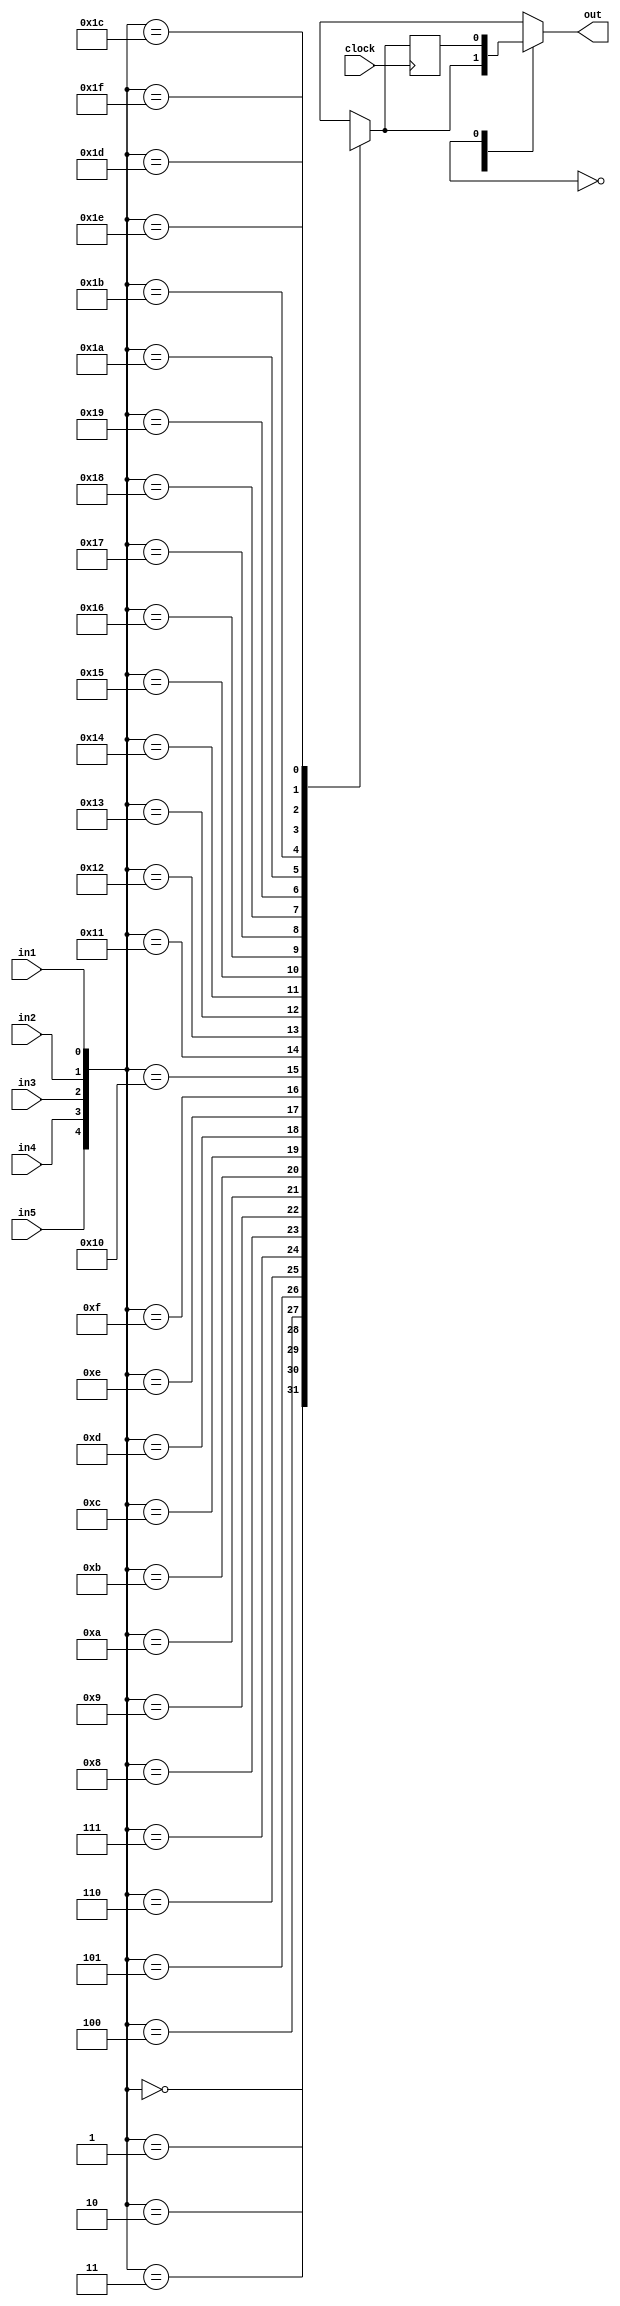
module logic_tile(
    out, 
    clock, 
    in1, 
    in2, 
    in3, 
    in4, 
    in5
);
    input in1, in2, in3, in4, in5, clock ;
    output out ;
    reg out ;
    reg tem;
    reg tem2;
    reg [32:0] mem;
    always @(*) begin
        case({in5, in4, in3, in2, in1})
            5'b00000 : tem = mem[0] ;
            5'b00001 : tem = mem[1] ;
            5'b00010 : tem = mem[2] ;
            5'b00011 : tem = mem[3] ;
            5'b00100 : tem = mem[4] ;
            5'b00101 : tem = mem[5] ;
            5'b00110 : tem = mem[6] ;
            5'b00111 : tem = mem[7] ;
            5'b01000 : tem = mem[8] ;
            5'b01001 : tem = mem[9] ;
            5'b01010 : tem = mem[10] ;
            5'b01011 : tem = mem[11] ;
            5'b01100 : tem = mem[12] ;
            5'b01101 : tem = mem[13] ;
            5'b01110 : tem = mem[14] ;
            5'b01111 : tem = mem[15] ;
            5'b10000 : tem = mem[16] ;
            5'b10001 : tem = mem[17] ;
            5'b10010 : tem = mem[18] ;
            5'b10011 : tem = mem[19] ;
            5'b10100 : tem = mem[20] ;
            5'b10101 : tem = mem[21] ;
            5'b10110 : tem = mem[22] ;
            5'b10111 : tem = mem[23] ;
            5'b11000 : tem = mem[24] ;
            5'b11001 : tem = mem[25] ;
            5'b11010 : tem = mem[26] ;
            5'b11011 : tem = mem[27] ;
            5'b11100 : tem = mem[28] ;
            5'b11101 : tem = mem[29] ;
            5'b11110 : tem = mem[30] ;
            5'b11111 : tem = mem[31] ;
        endcase
    end
    always @(posedge clock) begin
        tem2 = tem;
    end
    always @(*) begin
        case (mem[32])
            1'b0 : out = tem ;
            1'b1 : out = tem2 ;
        endcase
    end
endmodule

module switch_box_4x4(
    out, 
    in);
    input [3: 0] in ;
    output [3:0] out ;
    reg [15:0] configure ;
    assign out[0] = configure[0]&in[0] | configure[1]&in[1] | configure[2]&in[2] | configure[3]&in[3] ;
    assign out[1] = configure[4]&in[0] | configure[5]&in[1] | configure[6]&in[2] | configure[7]&in[3] ;
    assign out[2] = configure[8]&in[0] | configure[9]&in[1] | configure[10]&in[2] | configure[11]&in[3] ;
    assign out[3] = configure[12]&in[0] | configure[13]&in[1] | configure[14]&in[2] | configure[15]&in[3] ;

endmodule